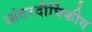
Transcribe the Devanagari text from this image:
आंतरदीर्घिकीय